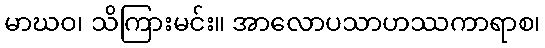
မာဃဝ၊ သိကြားမင်း။ အာလောပသာဟဿကာရာစ၊